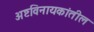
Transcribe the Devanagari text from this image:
अष्टविनायकांतील